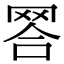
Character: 𦊪